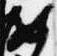
如